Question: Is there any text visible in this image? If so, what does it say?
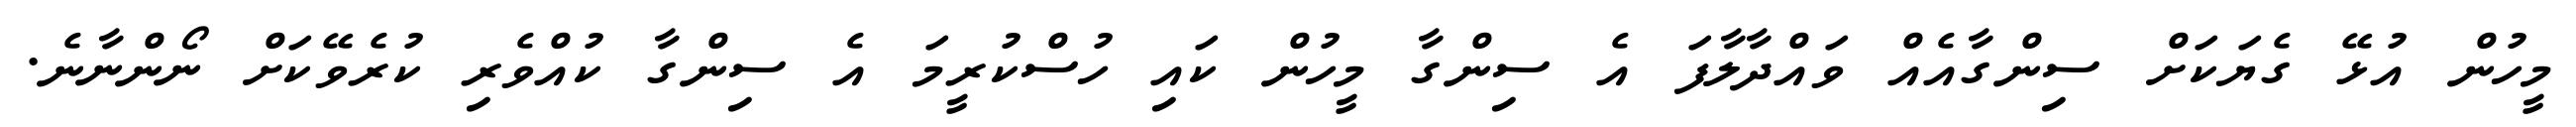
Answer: މީހުން އުޅޭ ގެޔަކަށް ސިންގާއެއް ވައްދާލާފަ އެ ސިންގާ މީހުން ކައި ހުސްކުރީމަ އެ ސިންގާ ކުއްވެރި ކުރެވޭކަށް ނޯންނާނެ.